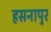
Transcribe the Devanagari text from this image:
हसनापुर